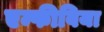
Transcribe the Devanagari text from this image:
एम्फीबिया